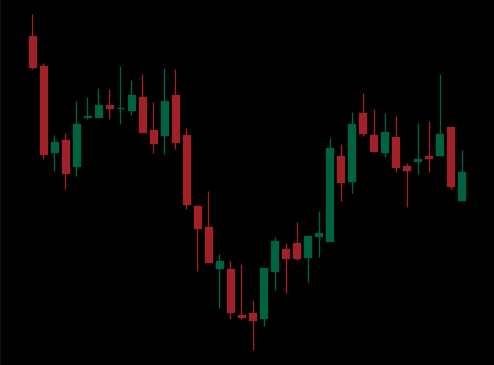
Pattern: inverse_head_shoulders